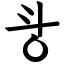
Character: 㪳